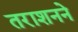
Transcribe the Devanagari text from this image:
तराशनने